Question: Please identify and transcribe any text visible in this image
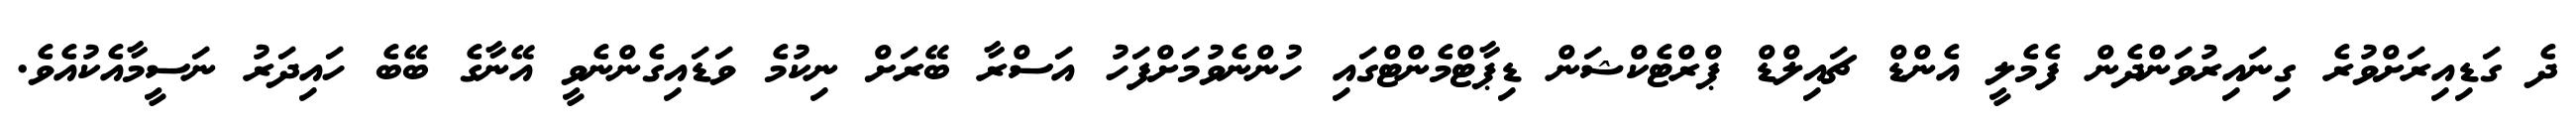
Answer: ދެ ގަޑިއިރަށްވުރެ ގިނައިރުވަންދެން ފެމެލީ އެންޑް ޗައިލްޑް ޕްރްޓެކްޝަން ޑިޕާޓްމެންޓްގައި ހުންނެވުމަށްފަހު އަސްރާ ބޭރަށް ނިކުމެ ވަޑައިގެންނެވީ އޭނާގެ ބޭބެ ހައިދަރު ނަސީމާއެކުއެވެ.